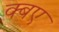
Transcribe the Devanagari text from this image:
क्बए